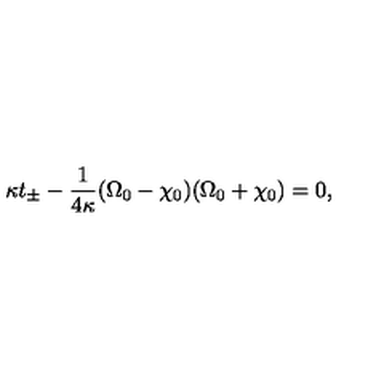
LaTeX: \kappa t _ { \pm } - \frac { 1 } { 4 \kappa } ( \Omega _ { 0 } - \chi _ { 0 } ) ( \Omega _ { 0 } + \chi _ { 0 } ) = 0 ,